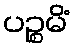
ပဉ္စမိံ